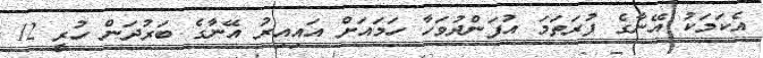
އެކަމަކު އޭނާގެ ފުރަތަމަ އުފަންދުވަހާ ހަމައަށް އައިއިރު އޭނާގެ ބަރުދަން ހުރީ 12